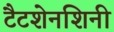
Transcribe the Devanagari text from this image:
टैटशेनशिनी